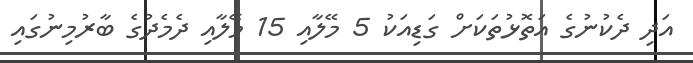
އަދި ދެކުނުގެ އަތޮޅުތަކަށް ގަޑިއަކު 5 މޭލާއި 15 މޭލާއި ދެމެދުގެ ބާރުމިނުގައި